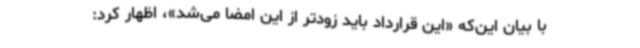
با بیان این‌که «این قرارداد باید زودتر از این امضا می‌شد»، اظهار کرد: